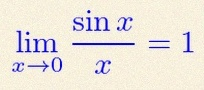
\lim_{x\to0}\frac{\sin x}{x}=1